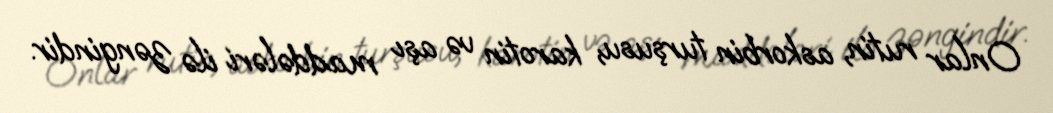
Onlar rutin, askorbin turşusu, karotin və aşı maddələri ilə zəngindir.